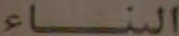
البناء